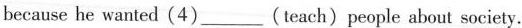
because he wanted (4)___(teach)people about society.